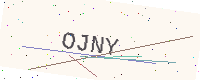
Text: OJNY